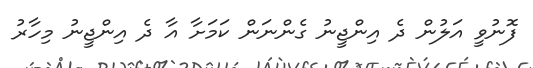
ފޮނުވީ އަލުން ދެ އިންޖީނު ގެންނަން ކަމަށާ އާ ދެ އިންޖީނު މިހާރު